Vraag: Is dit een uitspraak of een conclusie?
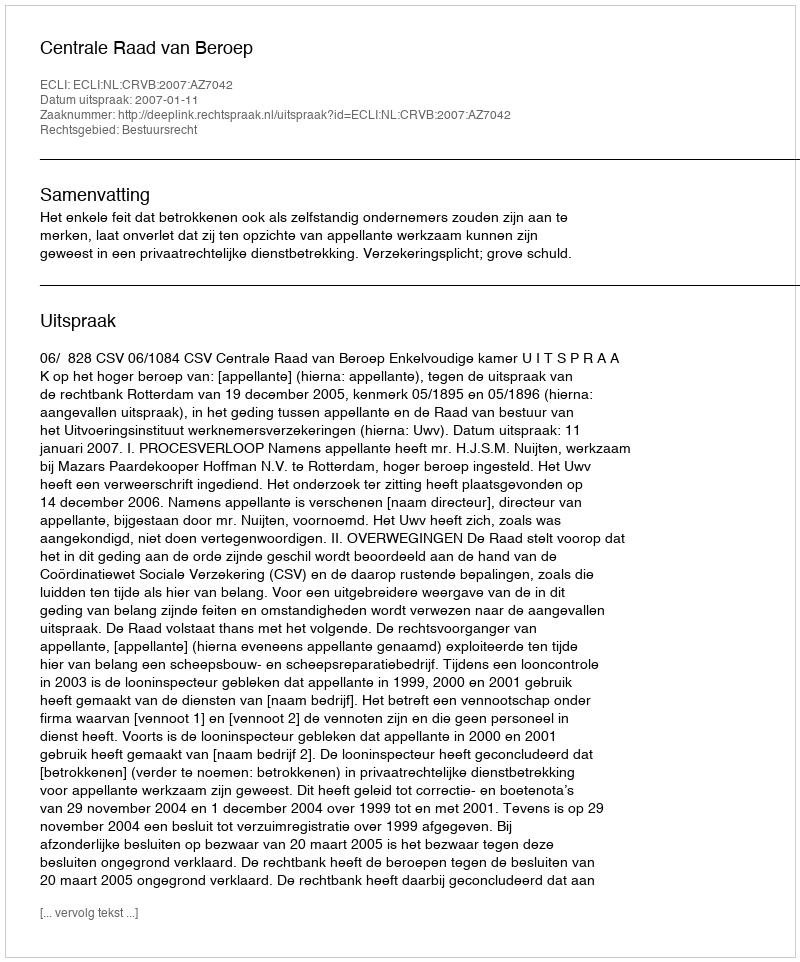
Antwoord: Uitspraak